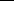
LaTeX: \textunderscore